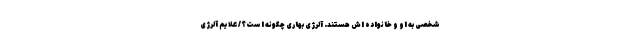
شخصی به او و خانواده اش هستند. آلرژی بهاری چگونه است؟/ علایم آلرژی